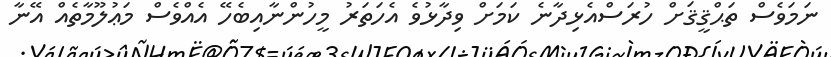
ނަމަވެސް ތަޙްޤީޤަށް ހުރަސްއެޅިދާނެ ކަމަށް ވިދާޅުވެ އެހަތަރު މީހުންނާއިބެހޭ އެއްވެސް މަޢުލޫމާތެއް އޭނާ